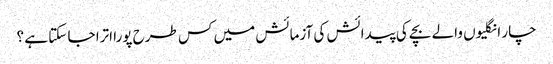
چار انگلیوں والے بچے کی پیدائش کی آزمائش میں کس طرح پورا اترا جا سکتا ہے ؟